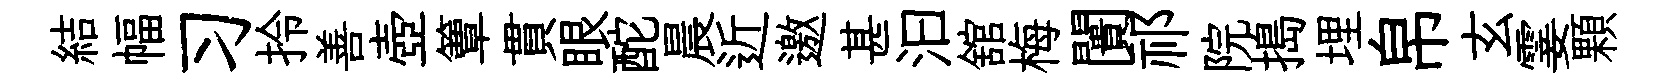
結幅习拎善壺簟貫眼酡晨近邀甚汩舘梅闠祁院搗埋帛玄霎顆